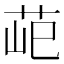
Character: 䒻